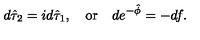
d \hat { \tau } _ { 2 } = i d \hat { \tau } _ { 1 } , \quad \mathrm { o r } \quad d e ^ { - \hat { \phi } } = - d f .